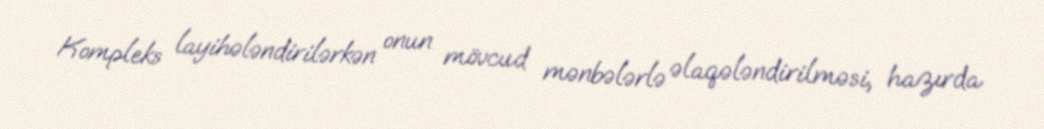
Kompleks layihələndirilərkən onun mövcud mənbələrlə əlaqələndirilməsi, hazırda